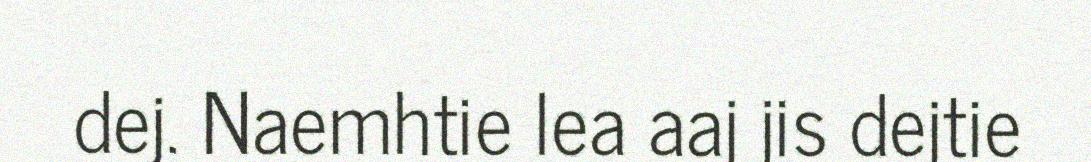
dej. Naemhtie lea aaj jis dejtie